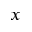
_ { x }